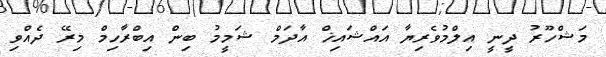
މަޝްހޫރު ދީނީ އިލްމުވެރިޔާ އައްޝައިޚް އާދަމް ޝަމީމު ބިން އިބްރާހިމް މިރޭ ދެއްވި